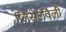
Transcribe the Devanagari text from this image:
प्लिसेंटविली